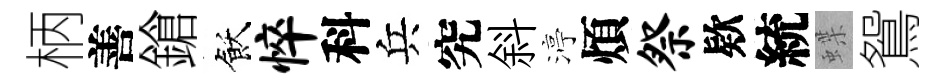
柄善鎗飫悴科兵究斜渟煩祭欵統蝶鴛